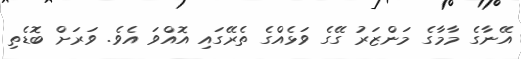
އޭނާގެ މާމާގެ މަންޒަރު ގޭގެ ވަޅެއްގެ ތެރޭގައި އޮއްވަ އެވެ. ވަރަށް ބޮޑެތި